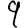
Digit: 9